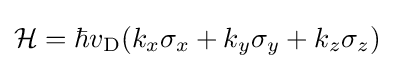
{\cal {H}}=\hbar v_{\rm {D}}(k_{x}\sigma _{x}+k_{y}\sigma _{y}+k_{z}\sigma _{z})